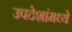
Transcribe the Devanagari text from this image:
उपदेशांमध्ये